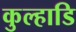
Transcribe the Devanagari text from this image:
कुल्हाडि